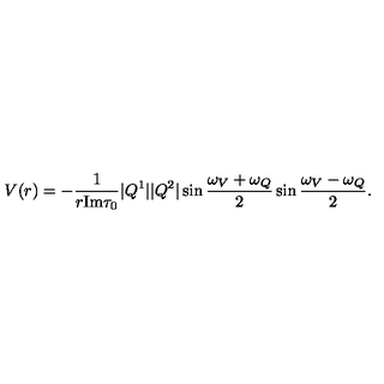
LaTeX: V ( r ) = - \frac { 1 } { r \mathrm { I m } \tau _ { 0 } } | Q ^ { 1 } | | Q ^ { 2 } | \sin \frac { \omega _ { V } + \omega _ { Q } } { 2 } \sin \frac { \omega _ { V } - \omega _ { Q } } { 2 } .